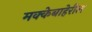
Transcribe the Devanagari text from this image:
मक्केबाहेरील